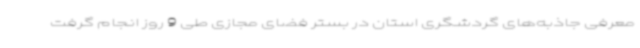
معرفی جاذبه‌های گردشگری استان در بستر فضای مجازی طی 9 روز انجام گرفت